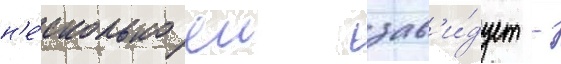
н'е́сколько еи зав'и́дует -